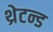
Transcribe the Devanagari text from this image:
थ्रेटन्ड